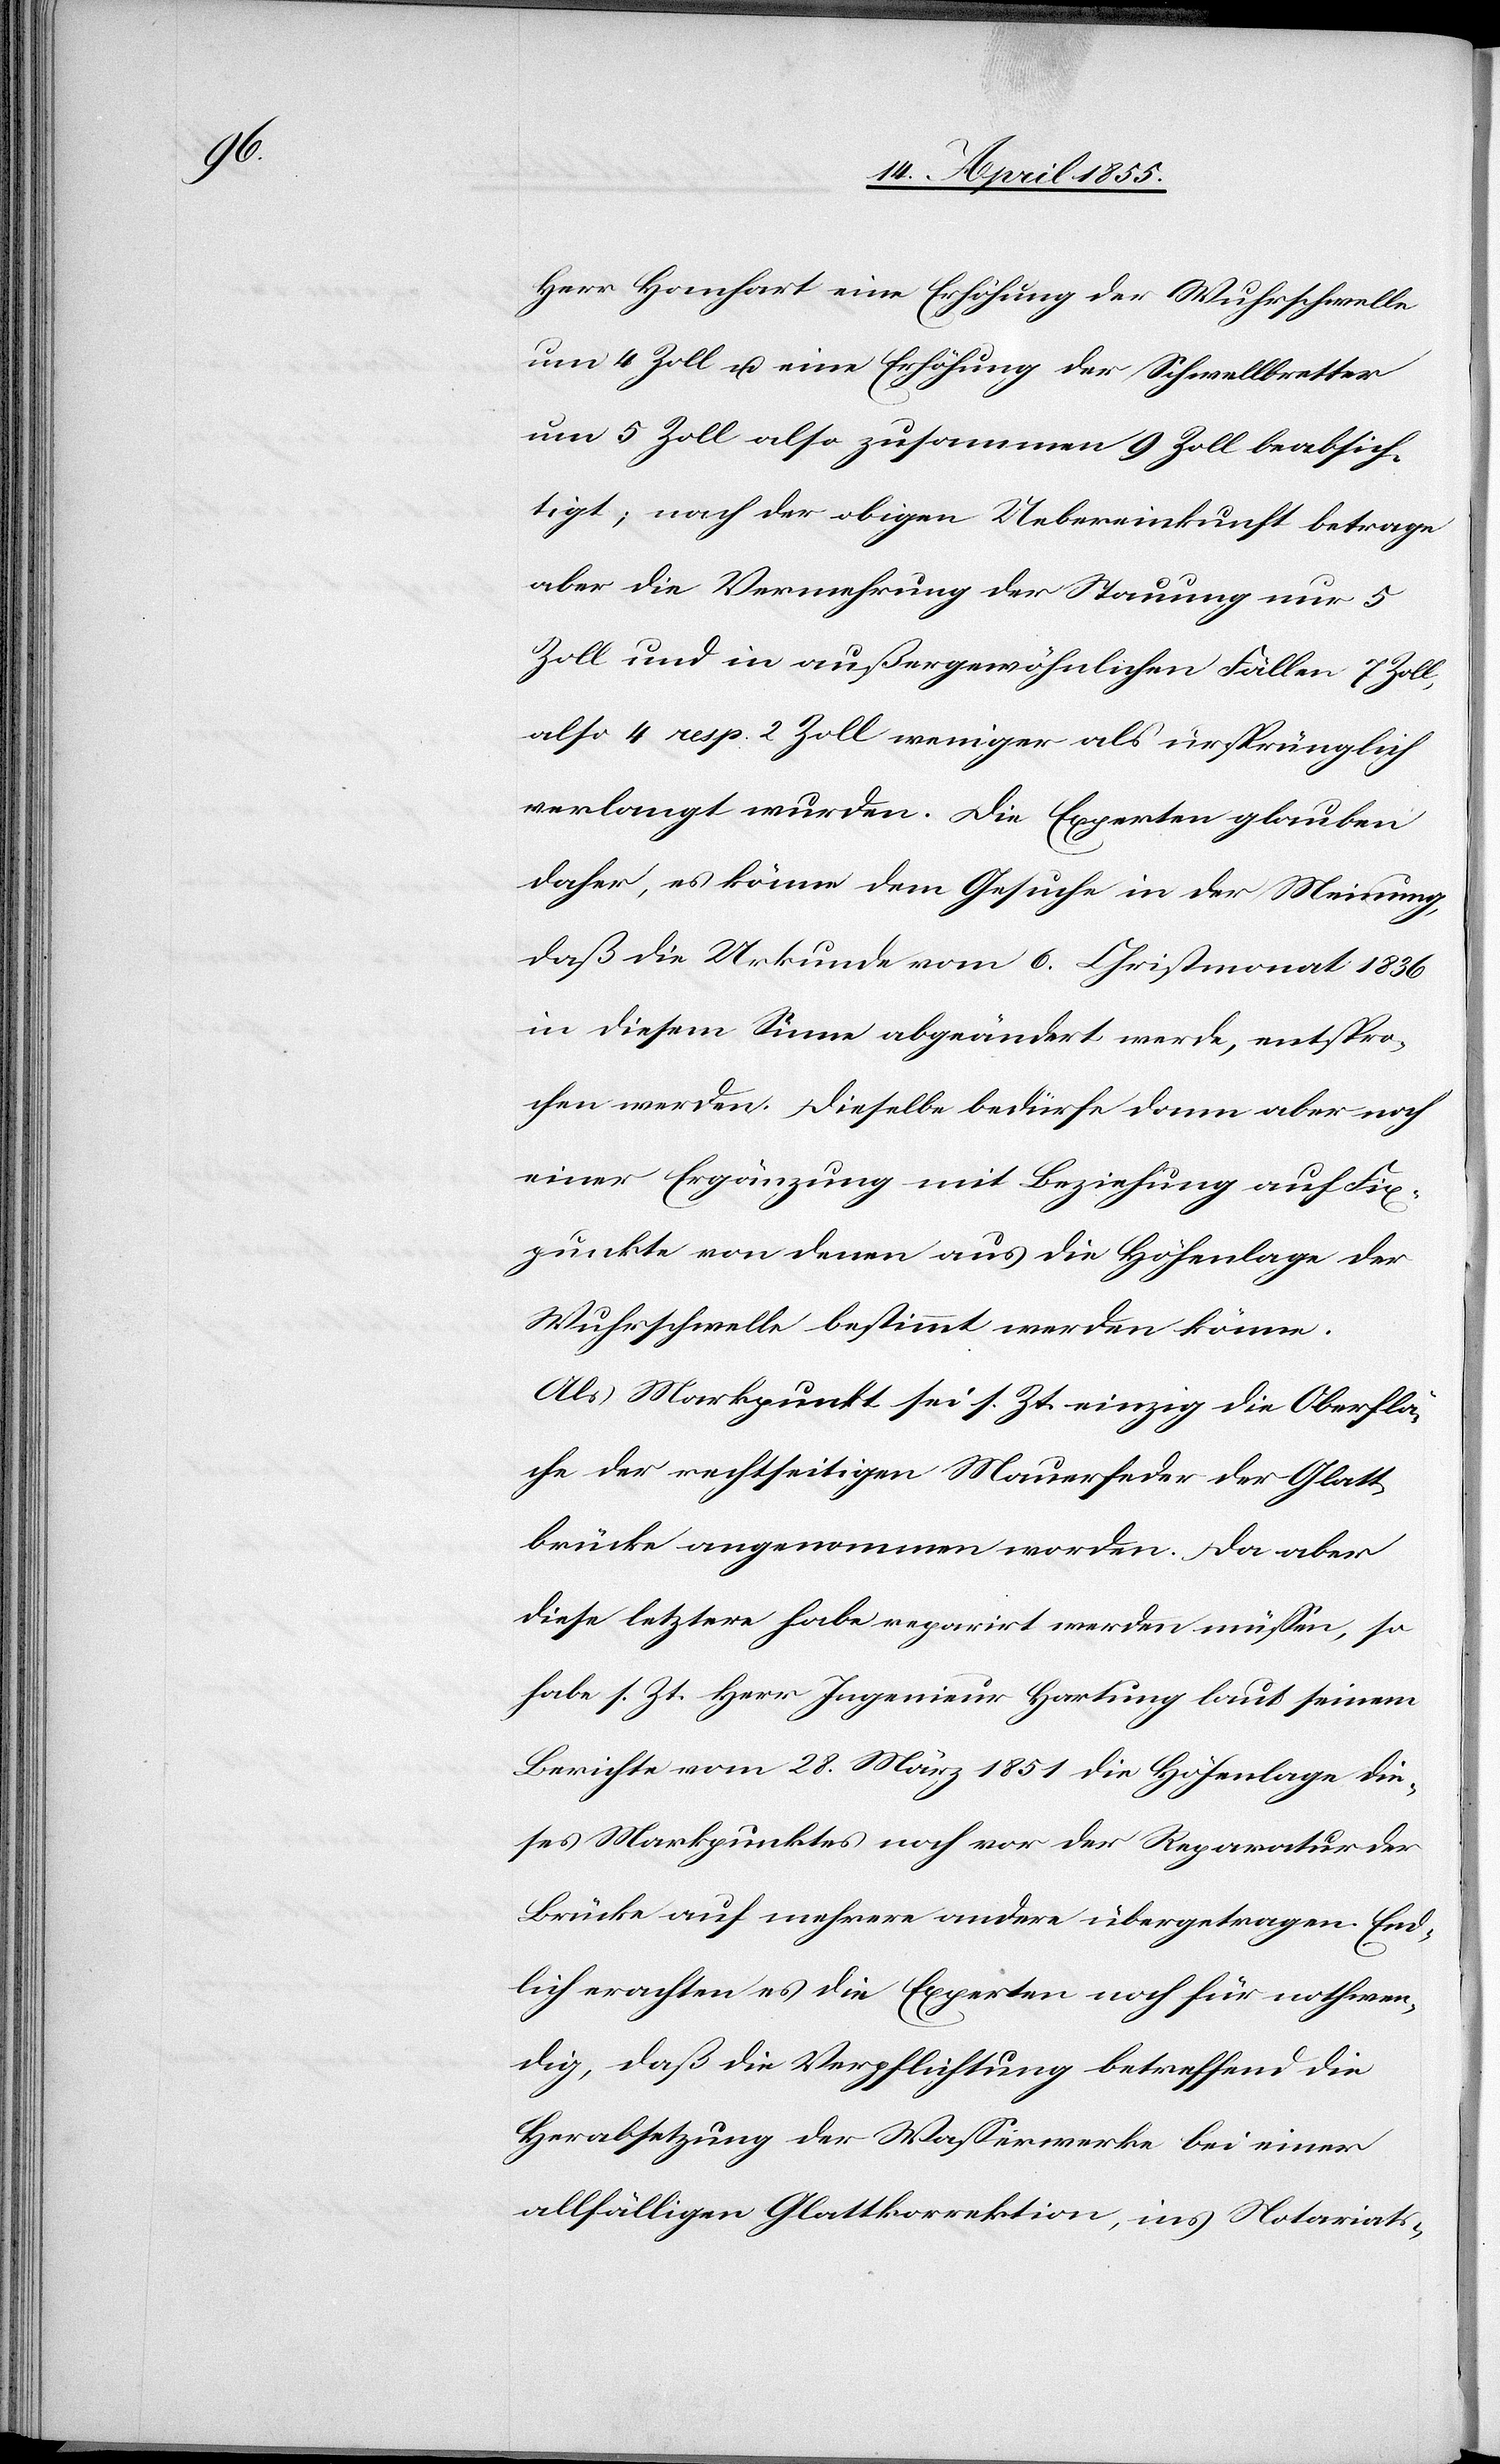
Herr Hanhart eine Erhöhung der Wuhrschwelle
um 4 Zoll u. eine Erhöhung der Schwellbretter
um 5 Zoll also zusammen 9 Zoll beabsich¬
tigt; nach der obigen Uebereinkunft betrage
aber die Vermehrung der Stauung nur 5
Zoll und in außergewöhnlichen Fällen 7 Zoll,
also 4 resp. 2 Zoll weniger als ursprünglich
verlangt wurden. Die Experten glauben
daher, es könne dem Gesuche in der Meinung,
daß die Urkunde vom 6. Christmonat 1836
in diesem Sinne abgeändert werde, entspro¬
chen werden. Dieselbe bedürfe dann aber noch
einer Ergänzung mit Beziehung auf Fix¬
punkte von denen aus die Höhenlage der
Wuhrschwelle bestimmt werden könne.
Als Markpunkt sei s. Zt. einzig die Oberflä¬
che der rechtseitigen Mauerfeder der Glatt¬
brücke angenommen worden. Da aber
diese letztere habe reparirt werden müssen, so
habe s. Zt. Herr Ingenieur Hartung laut seinem
Berichte vom 28. März 1851 die Höhenlage die¬
ses Markpunktes noch vor der Reparatur der
Brücke auf mehrere andere übergetragen. End¬
lich erachten es die Experten noch für nothwen¬
dig, daß die Verpflichtung betreffend die
Herabsetzung der Wasserwerke bei einer
allfälligen Glattkorrektion, ins Notariats-